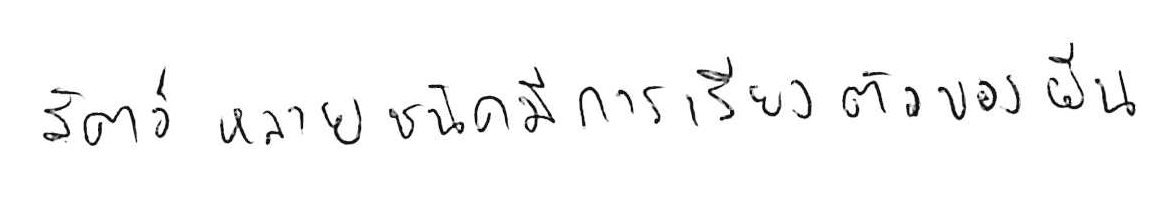
สัตว์หลายชนิดมีการเรียงตัวของยีน